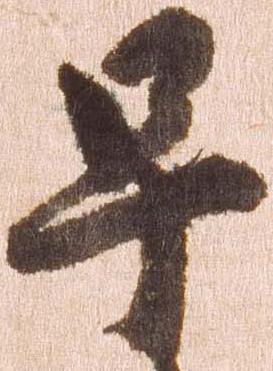
早